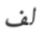
لف